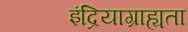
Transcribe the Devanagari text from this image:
इंद्रियाग्राह्यता